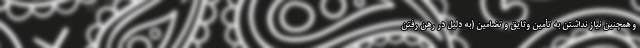
و همچنین نیاز نداشتن به تأمین وثایق و تضامین (به دلیل در رهن رفتن